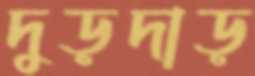
দুড়দাড়